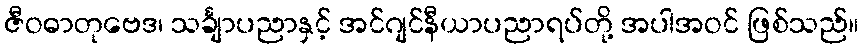
ဇီဝဓာတုဗေဒ၊ သင်္ချာပညာနှင့် အင်ဂျင်နီယာပညာရပ်တို့ အပါအဝင် ဖြစ်သည်။